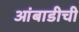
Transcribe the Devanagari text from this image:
आंबाडीची